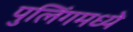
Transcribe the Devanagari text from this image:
पुलिंगमध्ये